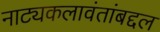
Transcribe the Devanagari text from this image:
नाट्यकलावंतांबद्दल